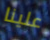
علينا